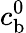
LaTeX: c_{\mathrm{b}}^{0}